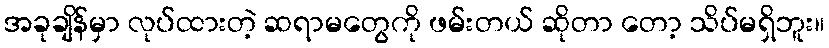
အခုချိန်မှာ လုပ်ထားတဲ့ ဆရာမတွေကို ဖမ်းတယ် ဆိုတာ တော့ သိပ်မရှိဘူး။